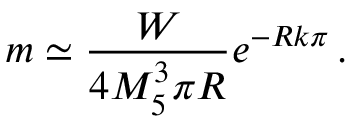
m \simeq \frac { W } { 4 M _ { 5 } ^ { 3 } \pi R } e ^ { - R k \pi } \, .